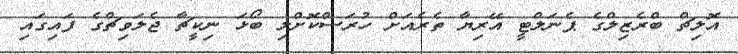
އޮލިޗް ބްރެޒިލްގެ ޕެނަލްޓީ އޭރިޔާ ތެރެއަށް ހުރަސްކޮށްލި ބޯޅަ ނިކީޗާ ޖެލަވިޗްގެ ފައިގައި